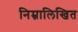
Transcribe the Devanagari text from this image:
निम्नालिखित